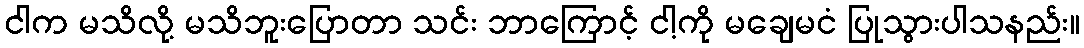
ငါက မသိလို့ မသိဘူးပြောတာ သင်း ဘာကြောင့် ငါ့ကို မချေမငံ ပြုသွားပါသနည်း။